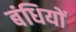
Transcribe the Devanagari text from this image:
बंधियों